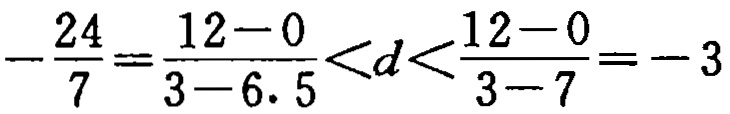
\(-\frac{24}{7}=\frac{12 - 0}{3 - 6.5}<d<\frac{12 - 0}{3 - 7}=-3\)